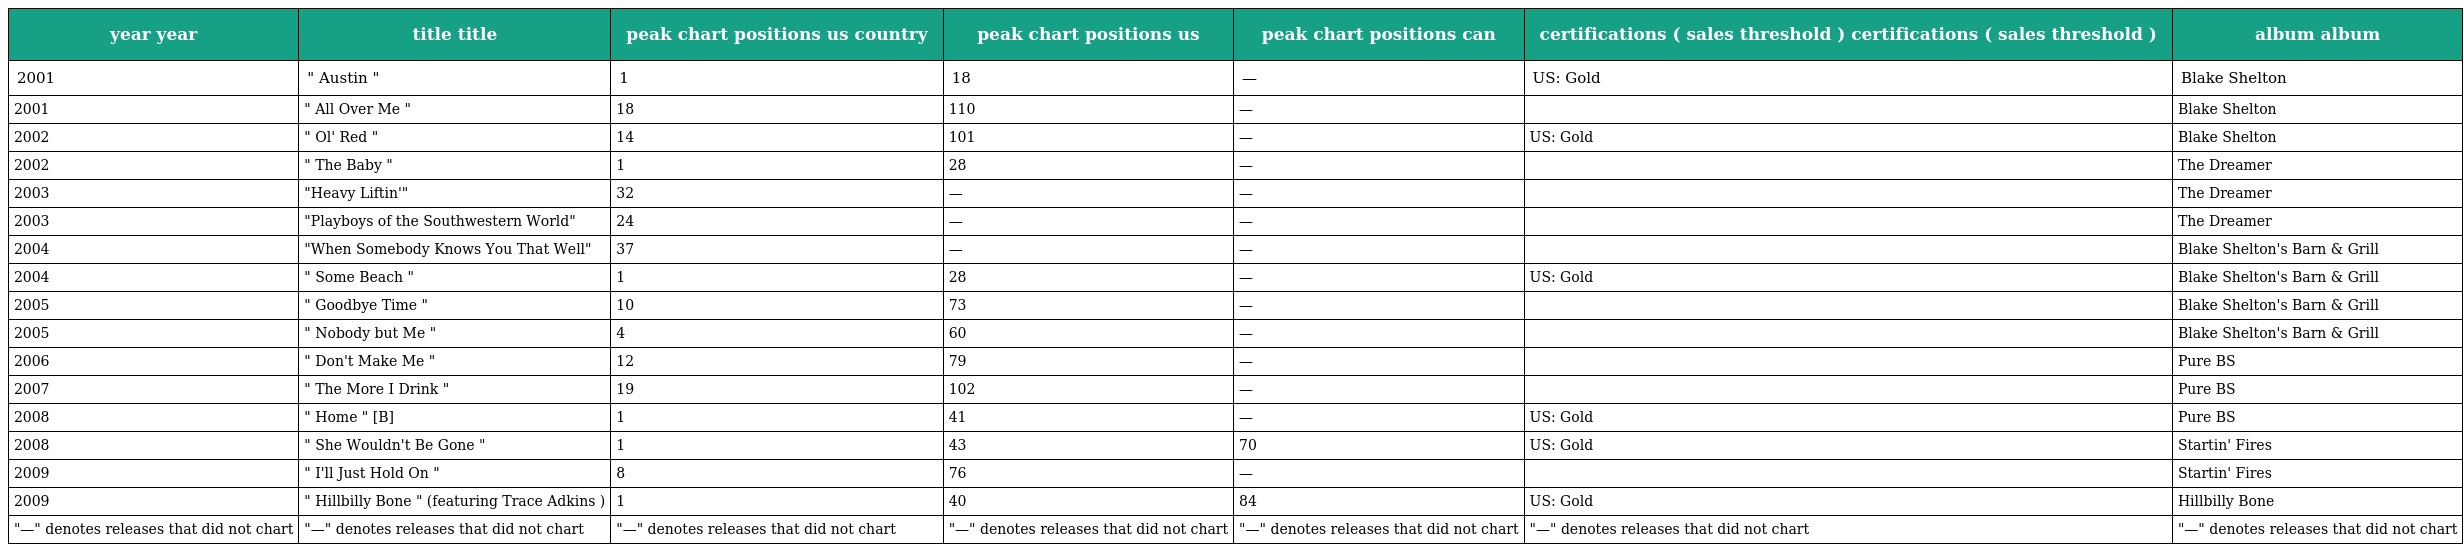
| year year | title title | peak chart positions us country | peak chart positions us | peak chart positions can | certifications ( sales threshold ) certifications ( sales threshold ) | album album |
 | --- | --- | --- | --- | --- | --- | --- |
 | 2001 | " Austin " | 1 | 18 | — | US: Gold | Blake Shelton |
 | 2001 | " All Over Me " | 18 | 110 | — |  | Blake Shelton |
 | 2002 | " Ol' Red " | 14 | 101 | — | US: Gold | Blake Shelton |
 | 2002 | " The Baby " | 1 | 28 | — |  | The Dreamer |
 | 2003 | "Heavy Liftin'" | 32 | — | — |  | The Dreamer |
 | 2003 | "Playboys of the Southwestern World" | 24 | — | — |  | The Dreamer |
 | 2004 | "When Somebody Knows You That Well" | 37 | — | — |  | Blake Shelton's Barn & Grill |
 | 2004 | " Some Beach " | 1 | 28 | — | US: Gold | Blake Shelton's Barn & Grill |
 | 2005 | " Goodbye Time " | 10 | 73 | — |  | Blake Shelton's Barn & Grill |
 | 2005 | " Nobody but Me " | 4 | 60 | — |  | Blake Shelton's Barn & Grill |
 | 2006 | " Don't Make Me " | 12 | 79 | — |  | Pure BS |
 | 2007 | " The More I Drink " | 19 | 102 | — |  | Pure BS |
 | 2008 | " Home " [B] | 1 | 41 | — | US: Gold | Pure BS |
 | 2008 | " She Wouldn't Be Gone " | 1 | 43 | 70 | US: Gold | Startin' Fires |
 | 2009 | " I'll Just Hold On " | 8 | 76 | — |  | Startin' Fires |
 | 2009 | " Hillbilly Bone " (featuring Trace Adkins ) | 1 | 40 | 84 | US: Gold | Hillbilly Bone |
 | "—" denotes releases that did not chart | "—" denotes releases that did not chart | "—" denotes releases that did not chart | "—" denotes releases that did not chart | "—" denotes releases that did not chart | "—" denotes releases that did not chart | "—" denotes releases that did not chart |